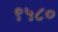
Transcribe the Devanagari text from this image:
९५८०